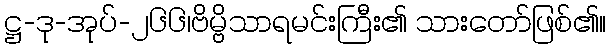
ဋ္ဌ-ဒု-အုပ်-၂၆၆၊ဗိမ္ဗိသာရမင်းကြီး၏ သားတော်ဖြစ်၏။